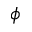
\phi